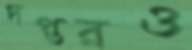
দপ্তরও